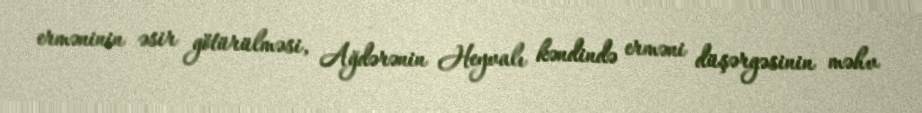
erməninin əsir götürülməsi, Ağdərənin Heyvalı kəndində erməni düşərgəsinin məhv